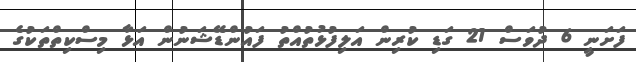
ފަށަނީ 6 ދުވަސް 21 ގަޑި ކުރިން އަލިފުޅުތުއްތު ފައުންޑޭޝަނުން އަޅާ މިސްކިތްތަކުގެ